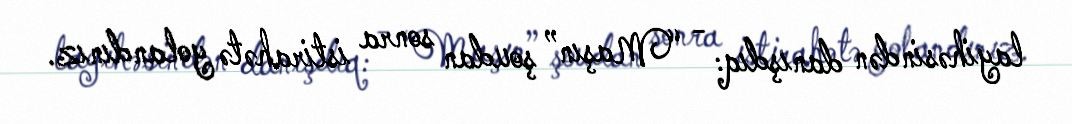
layihəsindən danışdıq: - “Maşın” şoudan sonra istirahətə yolandınız.